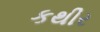
કથીર